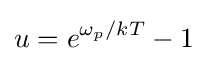
u=e^{\omega _{p}/kT}-1